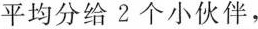
平均分给2个小伙伴，